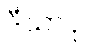
ဒီဃာဝု